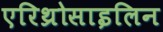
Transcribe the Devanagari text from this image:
एरिथ्रोसाइलिन